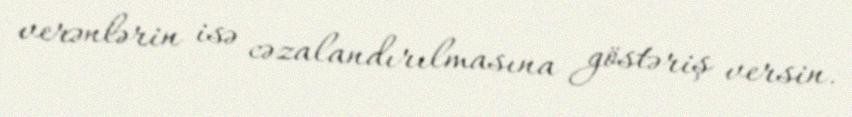
verənlərin isə cəzalandırılmasına göstəriş versin.